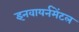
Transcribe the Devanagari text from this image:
इनवायर्नमेंटल